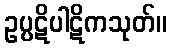
ဥပ္ပဋိပါဋိကသုတ်။